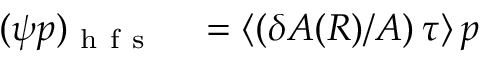
\begin{array} { r l } { ( \psi p ) _ { \mathrm { ~ h ~ f ~ s ~ } } } & { { } = \left\langle ( \delta A ( R ) / A ) \, \tau \right\rangle p } \end{array}